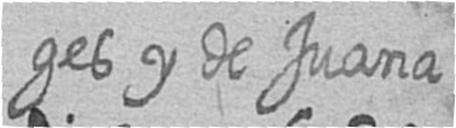
ges y de Juana